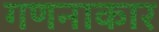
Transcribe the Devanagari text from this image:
गणनाकार